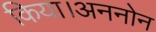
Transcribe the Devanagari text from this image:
किया।अननोन